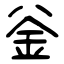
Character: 釡